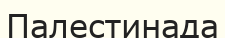
Палестинада